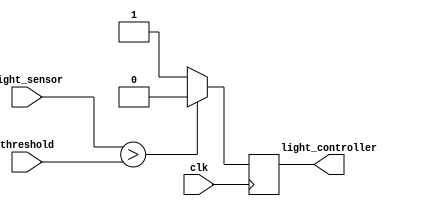
module light_controller(
input clk,
input[7:0] light_sensor,
input [7:0]threshold,
output reg light_controller
);

initial begin
light_controller=0;
end

always @(posedge clk)begin
if( light_sensor>threshold)
   light_controller=0;
else
     light_controller=1;
       
end
endmodule